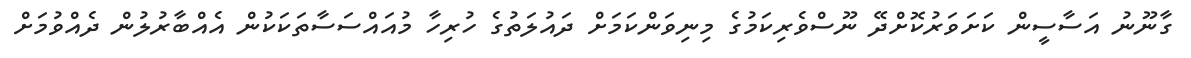
ގާނޫނު އަސާސީން ކަށަވަރުކޮށްދޭ ނޫސްވެރިކަމުގެ މިނިވަންކަމަށް ދައުލަތުގެ ހުރިހާ މުއައްސަސާތަކަކުން އެއްބާރުލުން ދެއްވުމަށް